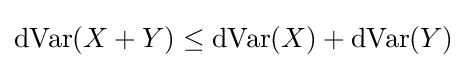
\operatorname {dVar} (X+Y)\leq \operatorname {dVar} (X)+\operatorname {dVar} (Y)